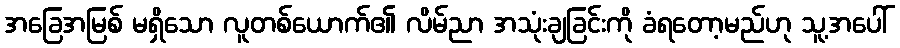
အခြေအမြစ် မရှိသော လူတစ်ယောက်၏ လိမ်ညာ အသုံးချခြင်းကို ခံရတော့မည်ဟု သူ့အပေါ်